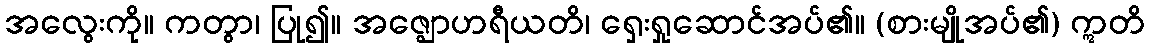
အလွေးကို။ ကတွာ၊ ပြု၍။ အဇ္ဈောဟရီယတိ၊ ရှေးရှုဆောင်အပ်၏။ (စားမျိုအပ်၏) ဣတိ